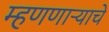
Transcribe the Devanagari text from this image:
म्हणणाऱ्याचे